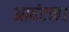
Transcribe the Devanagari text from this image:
आवंटन।